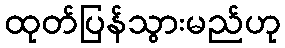
ထုတ်ပြန်သွားမည်ဟု